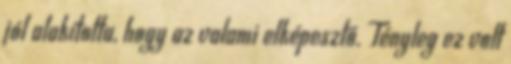
jól alakította, hogy az valami elképesztő. Tényleg ez volt